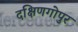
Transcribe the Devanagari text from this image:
दक्षिणगोपुर